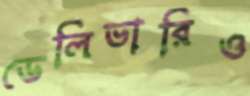
ডেলিভারিও